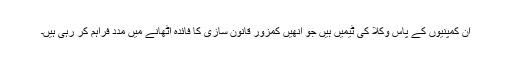
ان کمپنیوں کے پاس وکلا کی ٹیمیں ہیں جو انھیں کمزور قانون سازی کا فائدہ اٹھانے میں مدد فراہم کر رہی ہیں۔